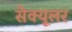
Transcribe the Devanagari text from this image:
सेक्यूलर